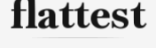
flattest